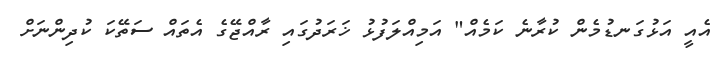
އެއީ އަޅުގަނޑުމެން ކުރާނެ ކަމެއް" އަމިއްލަފުޅު ޚަރަދުގައި ރާއްޖޭގެ އެތައް ސަތޭކަ ކުދިންނަށް